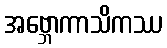
အဗ္ဘောကာသိကဿ